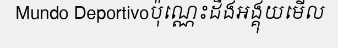
Mundo Deportivoប៉ុណ្ណេះដឹងអង្គុយមើល